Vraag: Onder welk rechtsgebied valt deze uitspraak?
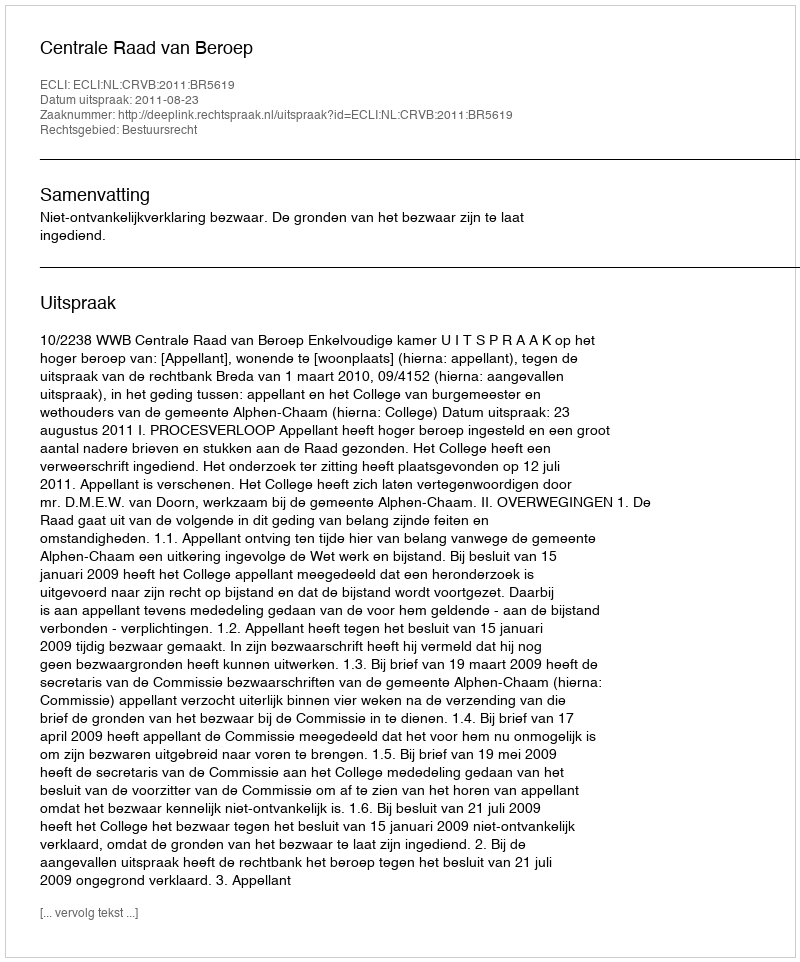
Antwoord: Bestuursrecht